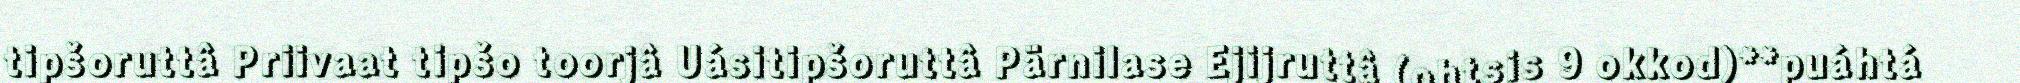
tipšoruttâ Priivaat tipšo toorjâ Uásitipšoruttâ Pärnilase Ejijruttâ (ohtsis 9 okkod)**puáhtá